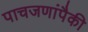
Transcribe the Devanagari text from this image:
पाचजणांपैकी